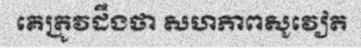
គេត្រូវដឹងថា សហភាពសូវៀត